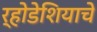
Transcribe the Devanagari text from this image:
र्‍होडेशियाचे